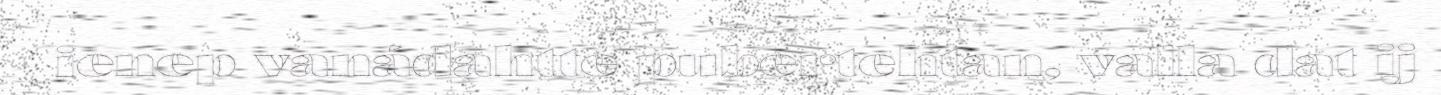
ienep vanádahtte pubertehtan, valla dat ij